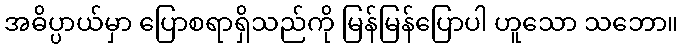
အဓိပ္ပာယ်မှာ ပြောစရာရှိသည်ကို မြန်မြန်ပြောပါ ဟူသော သဘော။